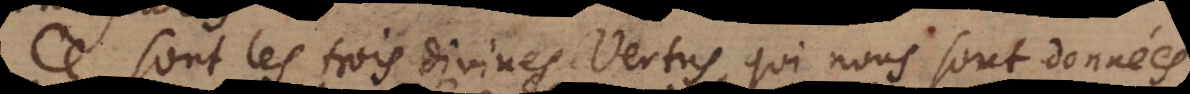
Ce sont les trois divines Vertus qui nous sont données